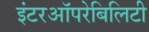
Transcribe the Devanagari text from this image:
इंटरऑपरेबिलिटी